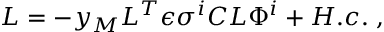
{ \cal L } = - y _ { M } L ^ { T } \epsilon \sigma ^ { i } C L \Phi ^ { i } + H . c . \; ,